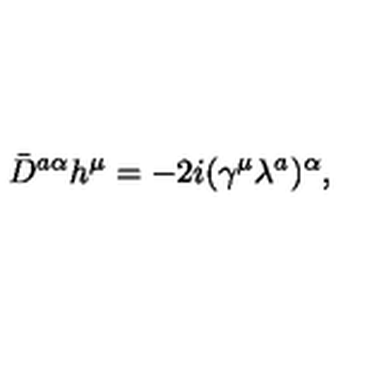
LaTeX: \bar { D } ^ { a \alpha } h ^ { \mu } = - 2 i ( \gamma ^ { \mu } \lambda ^ { a } ) ^ { \alpha } ,